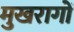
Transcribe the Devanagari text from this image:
मुखरागों